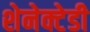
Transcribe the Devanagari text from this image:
शेनेक्टेडी